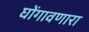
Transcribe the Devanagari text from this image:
घोंगावणारा